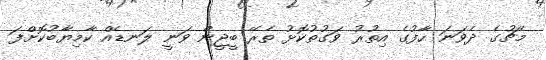
މެޗުގެ ދެވަނަ ހާފުގެ އިތުރު ވަގުތުކޮޅު ތެރޭ ބީޖީން ވަނީ ލަނޑެއް ކާމިޔާބުކޮށްފަ